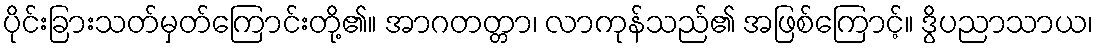
ပိုင်းခြားသတ်မှတ်ကြောင်းတို့၏။ အာဂတတ္တာ၊ လာကုန်သည်၏ အဖြစ်ကြောင့်။ ဒွိပညာသာယ၊